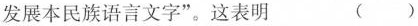
发展本民族语言文字”。这表明 ()